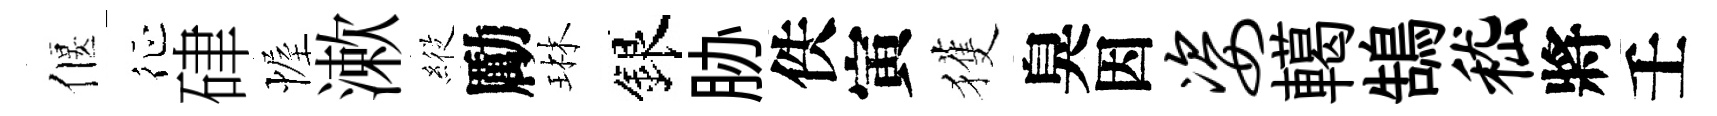
偃征硉幄漱𦂵勵琳銀胁佚寅獲臭因姿轕鵠嵇將壬